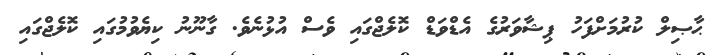
ޙާޞިލް ކުރުމަށްފަހު ޕިޝާވަރުގެ އެޑްވަޑް ކޮލެޖްގައި ވެސް އުޅުނެވެ. ގާނޫނު ކިޔެވުމުގައި ކޮލެޖްގައި